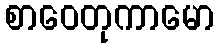
စာဝေတုကာမော